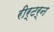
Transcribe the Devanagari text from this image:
रीर्टर्न